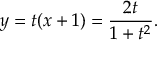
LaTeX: y = t ( x + 1 ) = { \frac { 2 t } { 1 + t ^ { 2 } } } .